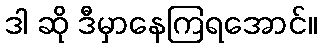
ဒါ ဆို ဒီမှာနေကြရအောင်။